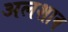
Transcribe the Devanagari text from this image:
अलशाब